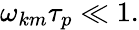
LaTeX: \begin{array}{r}{\omega_{km}\tau_{p}\ll 1.}\end{array}